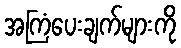
အကြံပေးချက်များကို